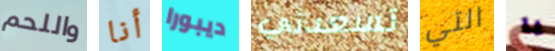
واللحم أنا ديبورا تسعدني التي يا